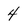
Character: 4